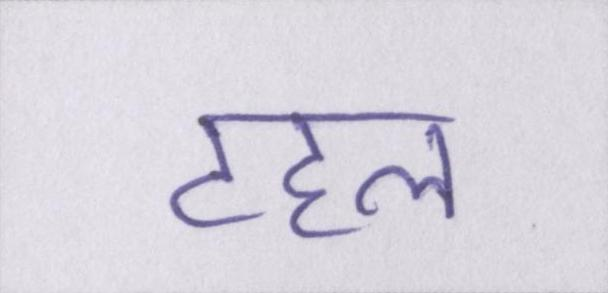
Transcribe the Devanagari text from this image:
टहल